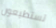
تستطيعون